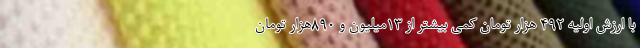
با ارزش اولیه ۴۹۲ هزار تومان کمی بیشتر از ۱۳میلیون و ۸۹۰هزار تومان